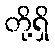
တို့ရှိ